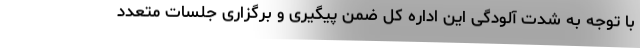
با توجه به شدت آلودگی این اداره کل ضمن پیگیری و برگزاری جلسات متعدد